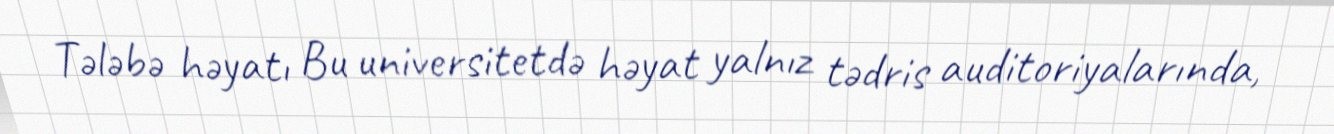
Tələbə həyatı Bu universitetdə həyat yalnız tədris auditoriyalarında,